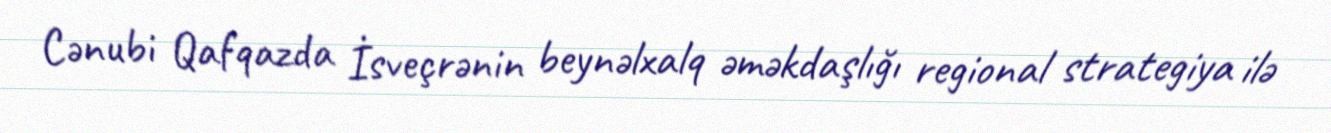
Cənubi Qafqazda İsveçrənin beynəlxalq əməkdaşlığı regional strategiya ilə